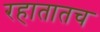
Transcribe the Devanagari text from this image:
रहातातच